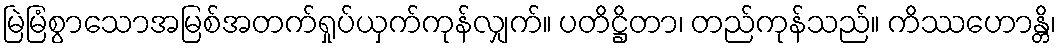
မြဲမြံစွာသောအမြစ်အတက်ရှုပ်ယှက်ကုန်လျှက်။ ပတိဋ္ဌိတာ၊ တည်ကုန်သည်။ ကိဿဟောန္တိ၊